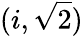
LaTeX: (i,{\sqrt{2}})